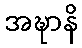
အဍ္ဎာနိ